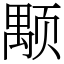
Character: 颙